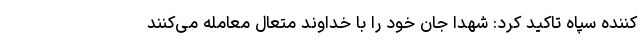
کننده سپاه تاکید کرد: شهدا جان خود را با خداوند متعال معامله می‌کنند